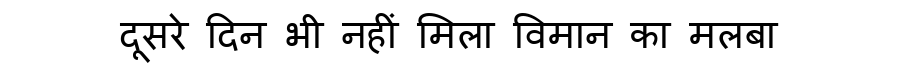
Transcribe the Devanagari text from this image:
दूसरे दिन भी नहीं मिला विमान का मलबा